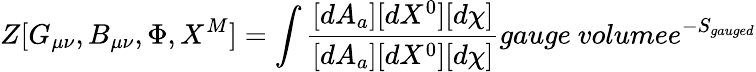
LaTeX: Z[G_{\mu\nu},B_{\mu\nu},\Phi,X^{M}]=\int\frac{[dA_{a}][dX^{0}][d\chi]}{[dA_{a}][dX^{0}][d\chi]}{gauge\ volume}e^{-S_{gauged}}